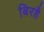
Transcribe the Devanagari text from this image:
बिरहै